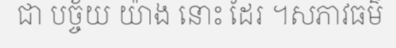
ជា បច្ច័យ យ៉ាង នោះ ដែរ ។សភាវធម៌